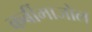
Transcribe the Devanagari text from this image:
कर्बीमाजोल